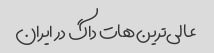
عالی‌ترین هات داگ در ایران